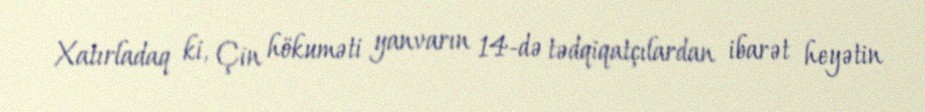
Xatırladaq ki, Çin hökuməti yanvarın 14-də tədqiqatçılardan ibarət heyətin